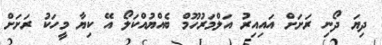
ދިޔަ ދޯނި ރަށަށް އައިއިރު އަލްމަރުހޫމް ބެއްޔުއްކަލޯ އޭ ކިޔާ މީހަކު ރަށަށް